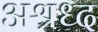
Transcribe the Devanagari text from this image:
अश्रध्द